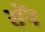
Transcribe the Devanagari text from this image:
सेंन